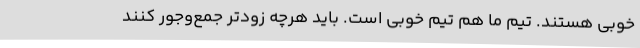
خوبی هستند. تیم ما هم تیم خوبی است. باید هرچه زودتر جمع‌وجور کنند